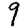
Digit: 9